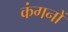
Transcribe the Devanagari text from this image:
कंगनों